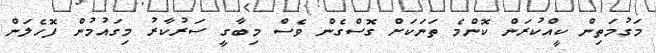
މަގުމަތިން ކީއްކުރަން ކޮންމެ ތަނަކަށް ގޮސްގެން ވެސް މިބާގީ ސަރުކާރު މިގައުމުން ފޮހެލަން